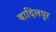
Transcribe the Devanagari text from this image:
बादिलपुर